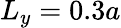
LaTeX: L_{y}=0.3a